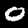
Label: 0